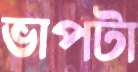
ভাপটা